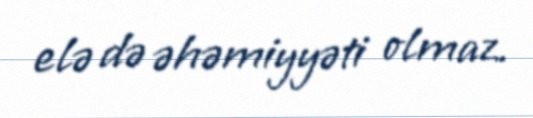
elə də əhəmiyyəti olmaz.